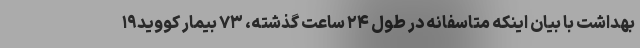
بهداشت با بیان اینکه متاسفانه در طول ۲۴ ساعت گذشته، ۷۳ بیمار کووید۱۹